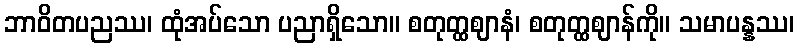
ဘာဝိတပညဿ၊ ထုံအပ်သော ပညာရှိသော။ စတုတ္ထဈာနံ၊ စတုတ္ထဈာန်ကို။ သမာပန္နဿ၊